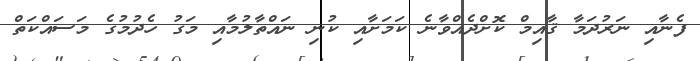
ފެނާއި ނަރުދަމާ ޤާއިމް ކޮށްދެއްވާނެ ކަމަށާއި ކުނި ނައްތާލުމާއި މަގު ހެދުމުގެ މަސައްކަތް